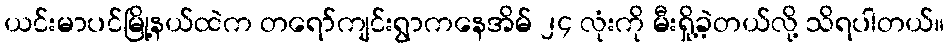
ယင်းမာပင်မြို့နယ်ထဲက တရော်ကျင်းရွာကနေအိမ် ၂၄ လုံးကို မီးရှို့ခဲ့တယ်လို့ သိရပါတယ်။